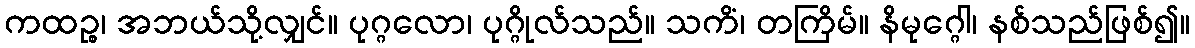
ကထဉ္စ၊ အဘယ်သို့လျှင်။ ပုဂ္ဂလော၊ ပုဂ္ဂိုလ်သည်။ သကိံ၊ တကြိမ်။ နိမုဂ္ဂေါ၊ နစ်သည်ဖြစ်၍။